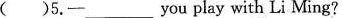
( )5.-___ you play with Li Ming?